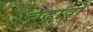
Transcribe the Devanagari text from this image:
चढ़ावो